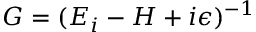
G = ( E _ { i } - H + i \epsilon ) ^ { - 1 }